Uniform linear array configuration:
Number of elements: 24
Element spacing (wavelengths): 0.25
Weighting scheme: kaiser
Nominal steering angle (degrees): -30
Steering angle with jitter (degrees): -31.616
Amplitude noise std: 0.05
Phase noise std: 0.05

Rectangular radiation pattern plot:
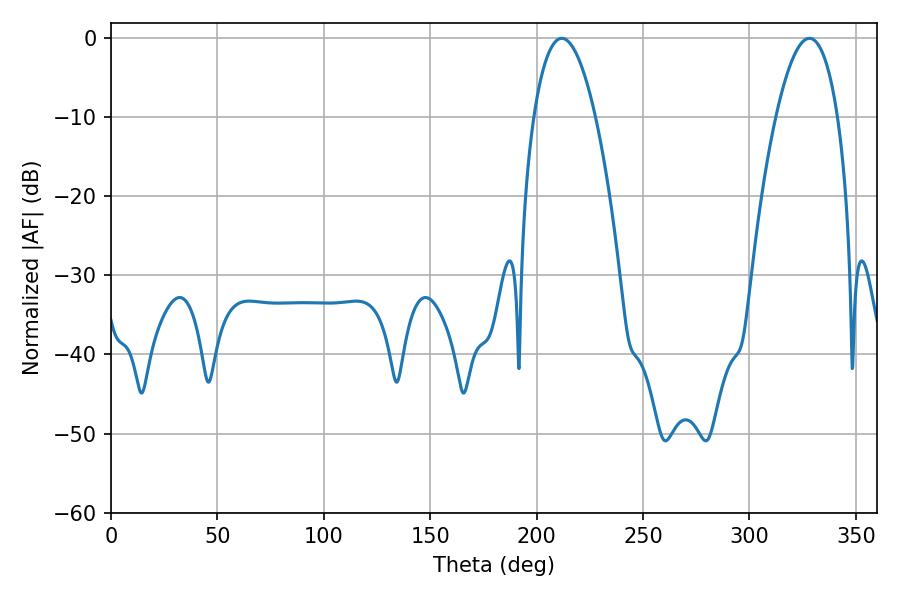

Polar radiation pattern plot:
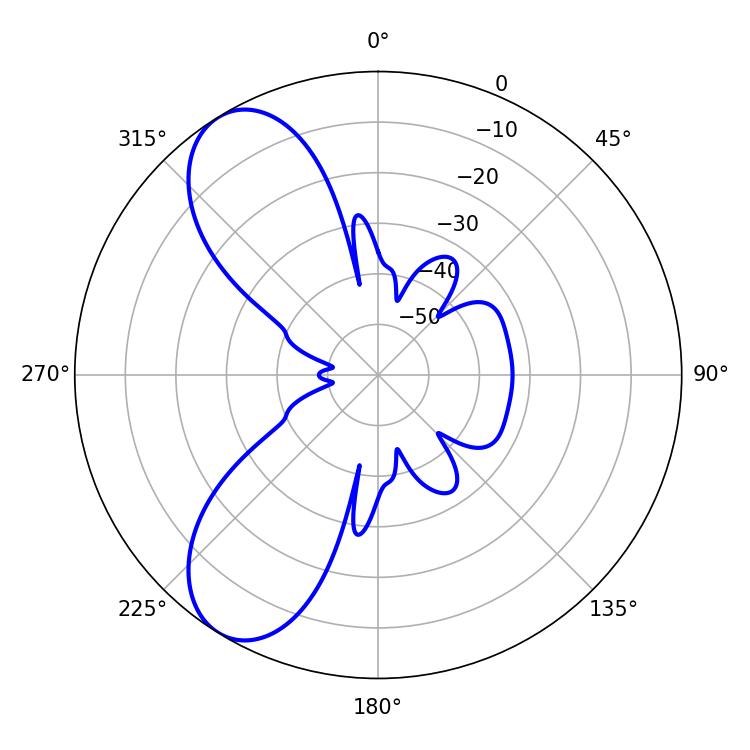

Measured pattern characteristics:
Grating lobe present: FALSE
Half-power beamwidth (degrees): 16.2
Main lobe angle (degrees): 211.86